Punjab Mental Hospital Lahore 1932-46 - 1932-1946
Year: 1932
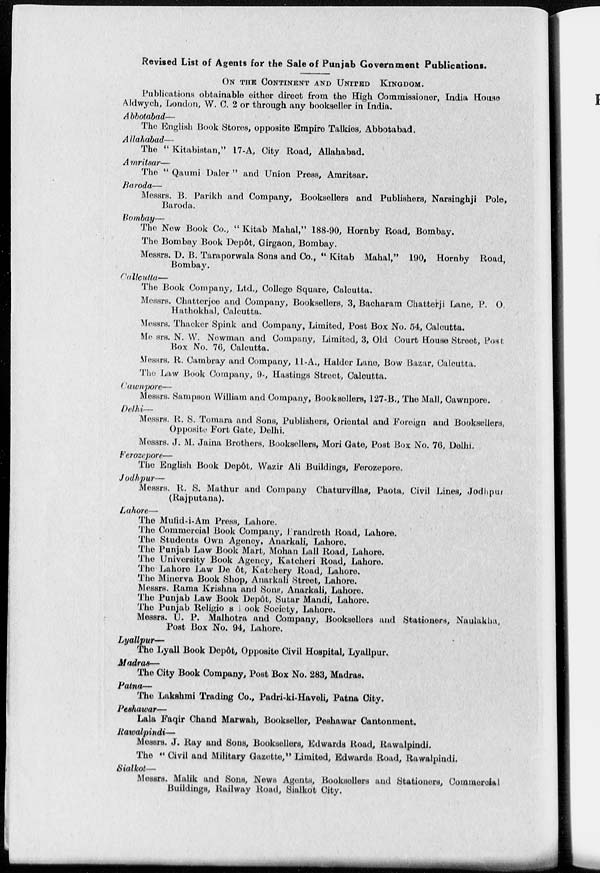
Revised List of Agents for the Sale of Punjab Government Publications.
ON THE CONTINENT AND UNITED KINGDOM.
Publications obtainable either direct from the High Commissioner, India House
Aldwych, London, W. C. 2 or through any bookseller in India.
Abbotabad—
The English Book Stores, opposite Empire Talkies, Abbotabad.
Allahabad—
The " Kitabistan," 17-A, City Road, Allahabad.
Amritsar—
The " Qaumi Daler " and Union Press, Amritsar.
Baroda—
Messrs. B. Parikh and Company, Booksellers and Publishers, Narsinghji Pole,
Baroda.
Bombay—
The New Book Co., " Kitab Mahal," 188-90, Hornby Road, Bombay.
The Bombay Book Depôt, Girgaon, Bombay.
Messrs. D. B. Taraporwala Sons and Co., " Kitab Mahal," 190, Hornby Road,
Bombay.
Cullcutta—
The Book Company, Ltd., College Square, Calcutta.
Messrs. Chatterjee and Company, Booksellers, 3, Bacharam Chatterji Lane, P. O.
Hathokhal, Calcutta.
Messrs. Thacker Spink and Company, Limited, Post Box No. 54, Calcutta.
Messrs. N. W. Newman and Company, Limited, 3, Old Court House Street, Post
Box No. 76, Calcutta.
Messrs. R. Cambray and Company, 11-A., Halder Lane, Bow Bazar, Calcutta.
The Law Book Company, 9-, Hastings Street, Calcutta.
Cawnpore—
Messrs. Sampson William and Company, Booksellers, 127-B., The Mall, Cawnpore,
Delhi—
Messrs. R. S. Tomara and Sons, Publishers, Oriental and Foreign and Booksellers,
Opposite Fort Gate, Delhi.
Messrs. J. M. Jaina Brothers, Booksellers, Mori Gate, Post Box No. 76, Delhi.
Ferozepore—
The English Book Dopôt, Wazir Ali Buildings, Ferozepore.
Jodhpur—
Messrs. R. S. Mathur and Company Chaturvillas, Paota, Civil Lines, Jodhpur
(Rajputana).
Lahore—
The Mufid-i-Am Press, Lahore.
The Commercial Book Company, Trandreth Road, Lahore.
The Students Own Agency, Anarkali, Lahore.
The Punjab Law Book Mart, Mohan Lall Road, Lahore.
The University Book Agency, Kutcheri Road, Lahore.
The Lahore Law Depôt, Katchery Road, Lahore.
The Minerva Book Shop, Anarkali Street, Lahore.
Messrs. Rama Krishna and Sons, Anarkali, Lahore.
The Punjab Law Book Depôt, Sutar Mandi, Lahore.
The Punjab Religious look Society, Lahore.
Messrs. U. P. Malhotra and Company, Booksellers and Stationers, Naulakha,
Post Box No. 94, Lahore.
Lyallpur—
The Lyall Book Depôt, Opposite Civil Hospital, Lyallpur.
Madras—
The City Book Company, Post Box No. 283, Madras.
Patna—
The Lakshmi Trading Co., Padri-ki-Haveli, Patna City.
Peshawar—
Lala Faqir Chand Marwah, Bookseller, Peshawar Cantonment.
Rawalpindi—
Messrs. J. Ray and Sons, Booksellers, Edwards Road, Rawalpindi.
The " Civil and Military Gazette," Limited, Edwards Road, Rawalpindi.
Sialkot—
Messrs. Malik and Sons, News Agents, Booksellers and Stationers, Commercial
Buildings, Railway Road, Sialkot City.